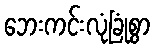
ဘေးကင်းလုံခြုံစွာ